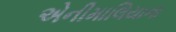
એનીમાલિયાના